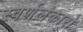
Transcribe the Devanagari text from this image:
स्वर्णलंकारो